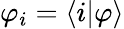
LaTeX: \varphi_{i}=\langle i|\varphi\rangle